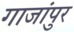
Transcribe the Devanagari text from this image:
गाजांपुर